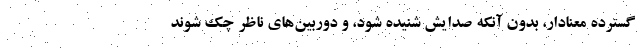
گسترده معنادار، بدون آنکه صدایش شنیده شود، و دوربین‌های ناظر چک شوند